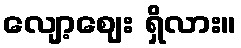
လျော့ဈေး ရှိလား။